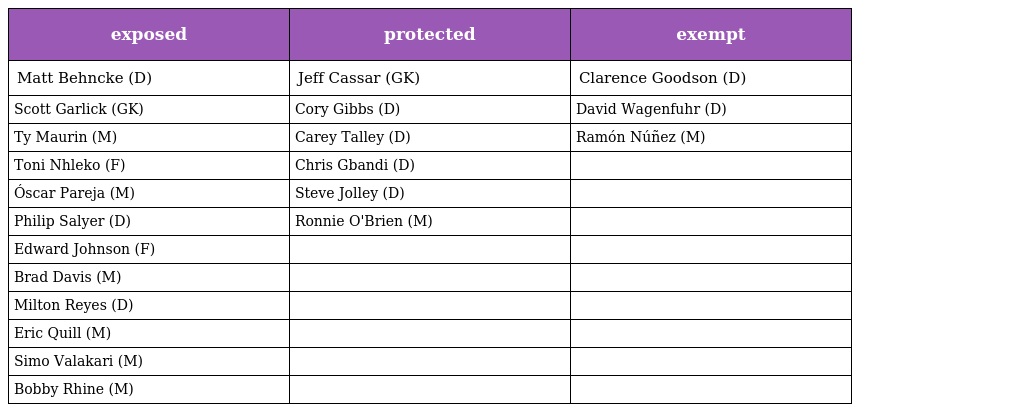
| exposed | protected | exempt |
 | --- | --- | --- |
 | Matt Behncke (D) | Jeff Cassar (GK) | Clarence Goodson (D) |
 | Scott Garlick (GK) | Cory Gibbs (D) | David Wagenfuhr (D) |
 | Ty Maurin (M) | Carey Talley (D) | Ramón Núñez (M) |
 | Toni Nhleko (F) | Chris Gbandi (D) |  |
 | Óscar Pareja (M) | Steve Jolley (D) |  |
 | Philip Salyer (D) | Ronnie O'Brien (M) |  |
 | Edward Johnson (F) |  |  |
 | Brad Davis (M) |  |  |
 | Milton Reyes (D) |  |  |
 | Eric Quill (M) |  |  |
 | Simo Valakari (M) |  |  |
 | Bobby Rhine (M) |  |  |